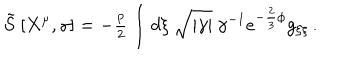
\tilde { S } \ [ X ^ { \mu } , \gamma ] = - { \textstyle \frac { p } { 2 } } \int d \xi \ \sqrt { | \gamma | } \ \gamma ^ { - 1 } e ^ { - \frac { 2 } { 3 } \phi } g _ { \xi \xi } \, .